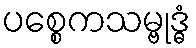
ပစ္စေကသမ္ဗုဒ္ဓံ